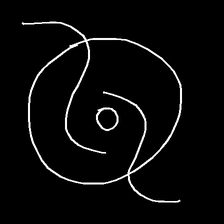
Glyph: repetition